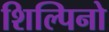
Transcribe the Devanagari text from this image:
शिल्पिनो